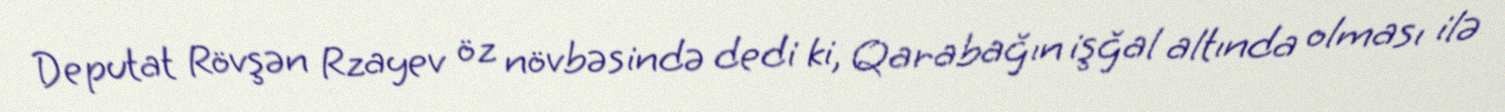
Deputat Rövşən Rzayev öz növbəsində dedi ki, Qarabağın işğal altında olması ilə